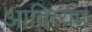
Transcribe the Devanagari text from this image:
आदित्यप